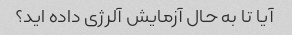
آیا تا به حال آزمایش آلرژی داده اید؟